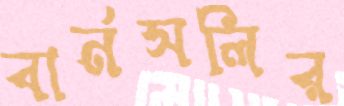
বার্নসলির